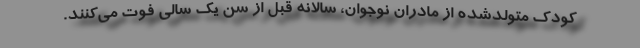
کودک متولدشده از مادران نوجوان، سالانه قبل از سن یک سالی فوت می‌کنند.